Mental hospitals Bombay report 1921-28 - 1921-1928
Year: 1921
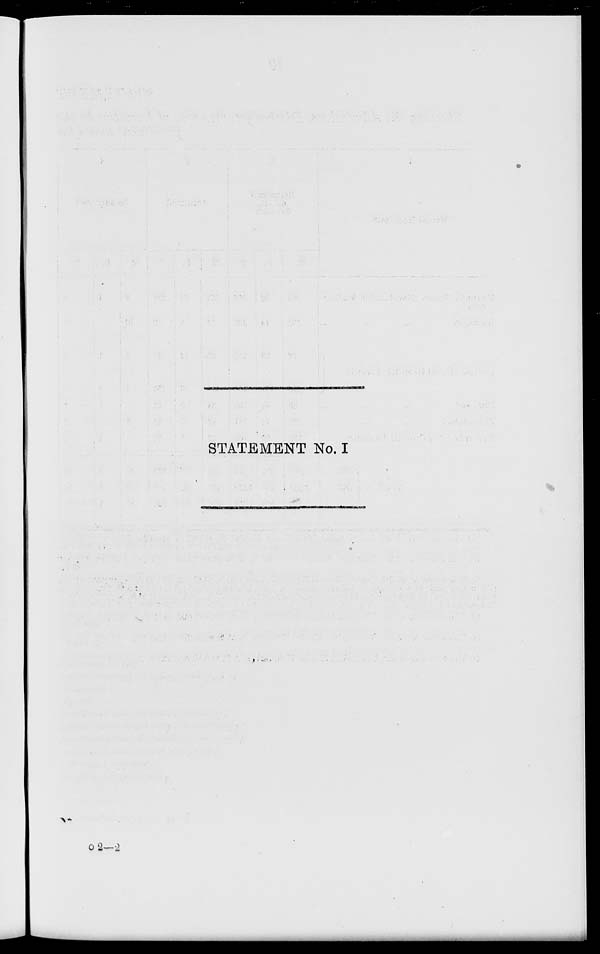
STATEMENT No. I
o 2—2